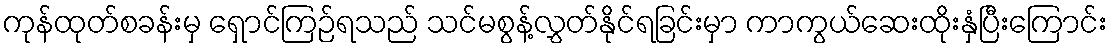
ကုန်ထုတ်စခန်းမှ ရှောင်ကြဉ်ရသည် သင်မစွန့်လွှတ်နိုင်ရခြင်းမှာ ကာကွယ်ဆေးထိုးနှံပြီးကြောင်း